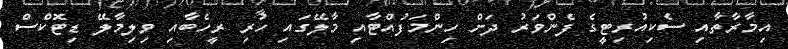
އިމާރާތާއި ސެކިއުރިޓީގެ ފެންވަރު ދަށް ހިންމަފުއްޓާއި މާލޭގައި ހުރި ރީހެބާއި ވިލިމާލޭ ޑިޓޮކްސް